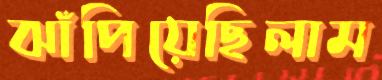
ঝাঁপিয়েছিলাম